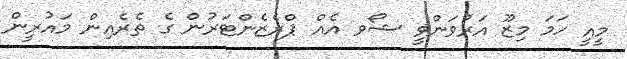
މީއީ ހަމަ މިޒޫ އަރުވަންވީ ޝޯވ އެއް ޕްރެޒެންޓަރުން ގެ ތެރެއިން މައުރީން